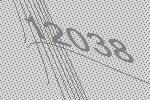
12038